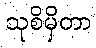
သုစိမှိတာ